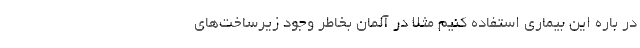
در باره این بیماری استفاده کنیم مثلا در آلمان بخاطر وجود زیرساخت‌های